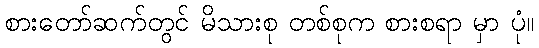
စားတော်ဆက်တွင် မိသားစု တစ်စုက စားစရာ မှာ ပုံ။